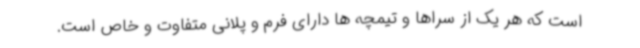
است که هر یک از سراها و تیمچه ها دارای فرم و پلانی متفاوت و خاص است.